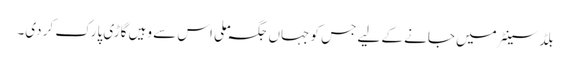
بلڈ سینٹر میں جانے کے لیے جس کو جہاں جگہ ملی اس سے وہیں گاڑی پارک کر دی۔